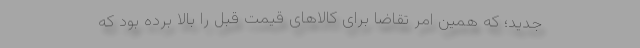
جدید؛ که همین امر تقاضا برای کالاهای قیمت قبل را بالا برده بود که